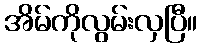
အိမ်ကိုလွမ်းလှပြီ။